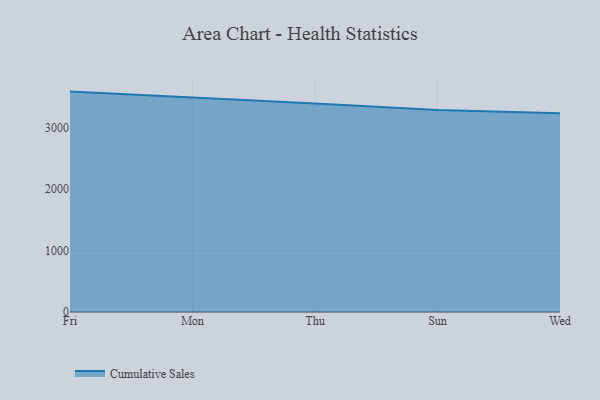
{"axis": {"x": "Day", "y": "Waste Production (Tons)"}, "legend": ["Cumulative Sales"], "data": [{"x": "Fri", "y": 3590.6, "type": "Cumulative Sales"}, {"x": "Mon", "y": 3500.1, "type": "Cumulative Sales"}, {"x": "Thu", "y": 3397.2, "type": "Cumulative Sales"}, {"x": "Sun", "y": 3289.0, "type": "Cumulative Sales"}, {"x": "Wed", "y": 3236.7, "type": "Cumulative Sales"}]}